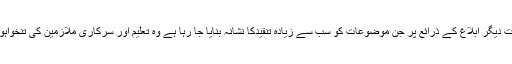
سوشل میڈیا سمیت دیگر ابلاغ کے ذرائع پر جن موضوعات کو سب سے زیادہ تنقیدکا نشانہ بنایا جا رہا ہے وہ تعلیم اور سرکاری ملازمین کی تنخواہوں کا معاملہ ہے۔